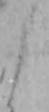
よ